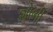
શોભી